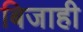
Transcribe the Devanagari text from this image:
बिजाही